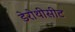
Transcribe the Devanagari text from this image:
डेरोथीसीट